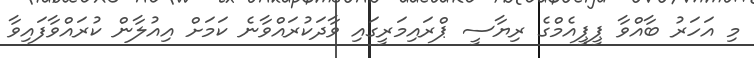
މި އަހަރު ބާއްވާ ޕީޕީއެމްގެ ރިޔާސީ ޕްރައިމަރީގައި ވާދަކުރައްވާނެ ކަމަށް އިއުލާން ކުރައްވާފައިވާ